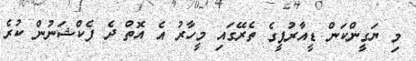
މި ޔަގީންކަން ޑީއާރުޕީގެ ތެރޭގައި މީހާރު އެ އޮތް ދެ ފެކްޝަނުން ކުރެ